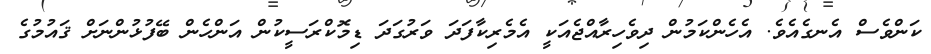
ކަންވެސް އެނގެއެވެ. އެހެންކަމުން ދިވެހިރާއްޖެއަކީ އެމެރިކާފަދަ ވަރުގަދަ ޑިމޮކްރަސީކުން އަންހެން ބޭފުޅުންނަށް ޤައުމުގެ